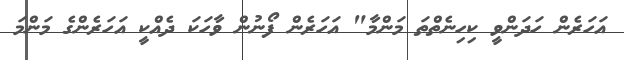
އަހަރެން ހަދަންވީ ކިހިނެތްތަ މަންމާ" އަހަރެން ފޯނުން ވާހަކަ ދެއްކީ އަހަރެންގެ މަންމަ